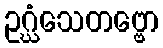
ဥဂ္ဃံသေတဗ္ဗော